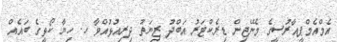
އެމްއެމްޕީއާރުސީގެ މެނޭޖިން ޑިރެކްޓަރު އަބްދު ޒިޔަތު ދިރިއުޅުއްވާ ހ. ހިޔާ ކޯޅީގެ ބައެއް